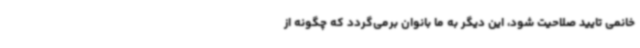
خانمی تایید صلاحیت شود، این دیگر به ما بانوان برمی‌گردد که چگونه از